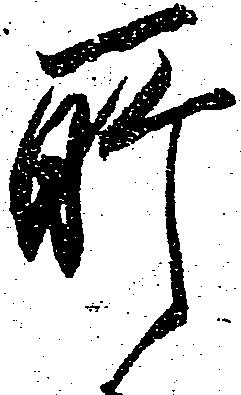
所